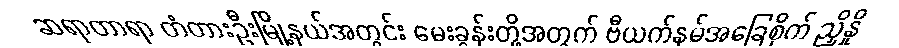
ဆရာတာရာ တံတားဦးမြို့နယ်အတွင်း မေးခွန်းတို့အတွက် ဗီယက်နမ်အခြေစိုက် ညှိနှို